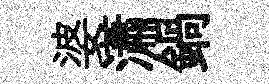
婆瀟鍋